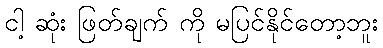
ငါ့ ဆုံး ဖြတ်ချက် ကို မပြင်နိုင်တော့ဘူး